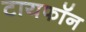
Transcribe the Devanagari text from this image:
टायफॉन